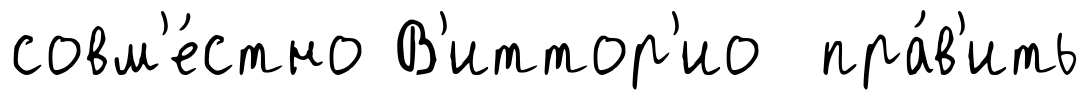
совм'е́стно В'иттор'ио пра́в'ить